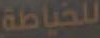
للخياطة